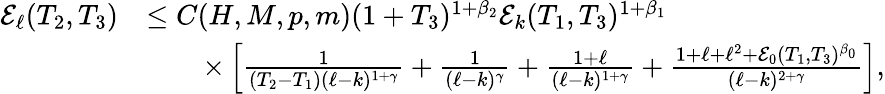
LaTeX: \begin{array}{rl}{\mathcal{E}_{\ell}(T_{2},T_{3})}&{\le C(H,M,p,m)(1+T_{3})^{1+\beta_{2}}\mathcal{E}_{k}(T_{1},T_{3})^{1+\beta_{1}}}\\ &{\qquad\times\left[\frac{1}{(T_{2}-T_{1})(\ell-k)^{1+\gamma}}+\frac{1}{(\ell-k)^{\gamma}}+\frac{1+\ell}{(\ell-k)^{1+\gamma}}+\frac{1+\ell+\ell^{2}+\mathcal{E}_{0}(T_{1},T_{3})^{\beta_{0}}}{(\ell-k)^{2+\gamma}}\right],}\end{array}